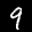
Label: 9